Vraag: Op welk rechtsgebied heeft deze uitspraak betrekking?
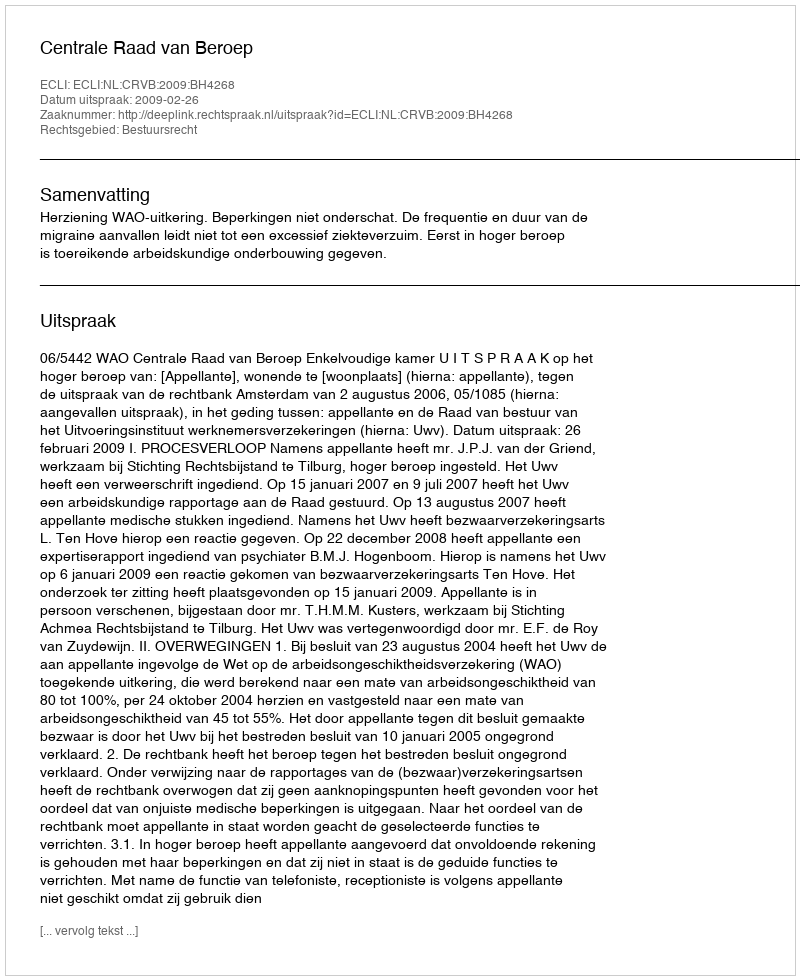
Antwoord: Bestuursrecht